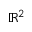
\mathbb { R ^ { 2 } }